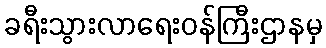
ခရီးသွားလာရေးဝန်ကြီးဌာနမှ